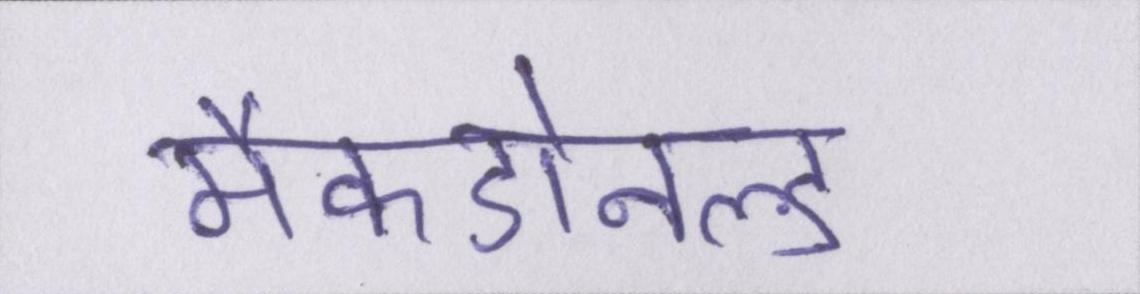
मैकडोनल्ड